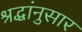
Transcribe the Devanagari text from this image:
श्रद्धांनुसार